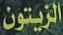
الزیتون